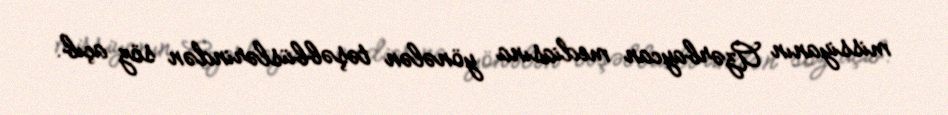
missiyanın Azərbaycan mediasına yönələn təşəbbüslərindən söz açıb.